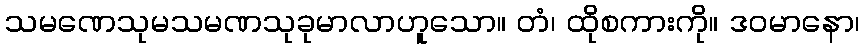
သမဏေသုမသမဏသုခုမာလာဟူသော။ တံ၊ ထိုစကားကို။ ဒဝမာနော၊